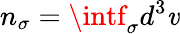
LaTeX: n_{\sigma}=\intf_{\sigma}d^{3}\mathit{v}